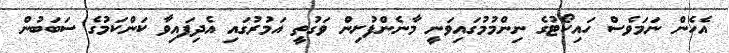
އެހެން ނަމަވެސް ހައިކޯޓުގެ ނިންމުމުގައިވަނީ މާނެންފުށިން ވަގުތީ އަމުރުގައި އެދިފައިވާ ކަންކަމުގެ ސަބަބުން